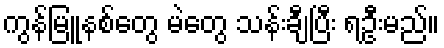
ကွန်မြူနစ်တွေ မဲတွေ သန်းချီပြီး ရဦးမည်။